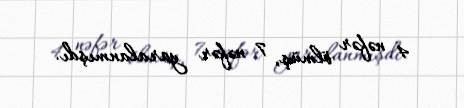
4 nəfər ölmüş, 7 nəfər yaralanmışdı.